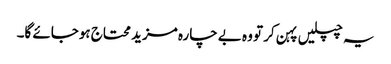
یہ چپلیں پہن کر تو وہ بے چارہ مزید محتاج ہوجائے گا۔